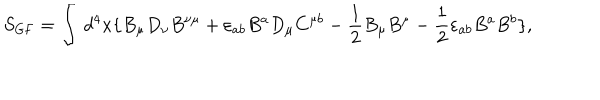
LaTeX: S _ { \mathrm { G F } } = \int \, d ^ { 4 } x \{ B _ { \mu } D _ { \nu } B ^ { \nu \mu } + \varepsilon _ { a b } B ^ { a } D _ { \mu } C ^ { \mu b } - \frac { 1 } { 2 } B _ { \mu } B ^ { \mu } - \frac { 1 } { 2 } \varepsilon _ { a b } B ^ { a } B ^ { b } \} ,